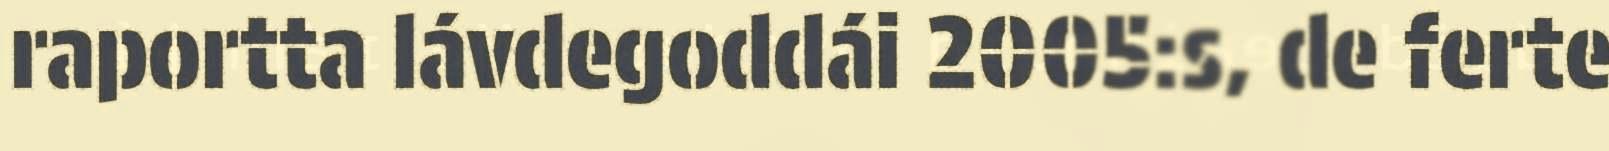
raportta lávdegoddái 2005:s, de ferte